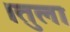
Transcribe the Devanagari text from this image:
।तुला